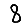
Digit: 8